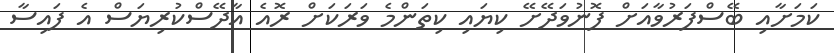
ކަމަށާއި ބޭސްފަރުވާއަށް ފޮނުވަދޭށޭ ކިޔައި ކިތަންމެ ވަރަކަށް ރޮއެ އާދޭސްކުރިޔަސް އެ ފައިސާ